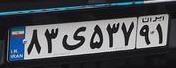
۸۳ی۵۳۷۹۱